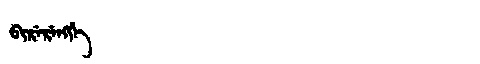
Manchu: ᠪᡳᡵᡝᡵᡝᠩᡤᡝ
Romanization: BIRERENGGE